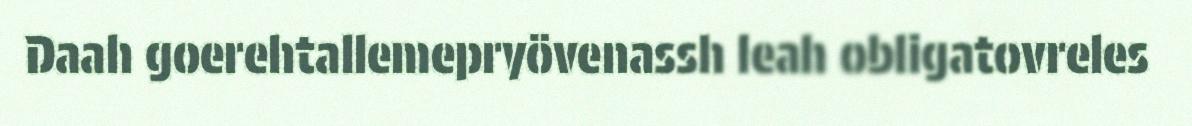
Daah goerehtallemepryövenassh leah obligatovreles